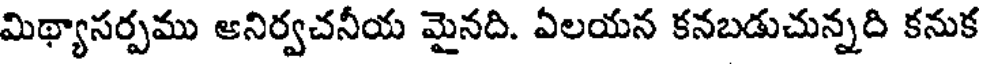
మిథ్యాసర్పము ఆనిర్వచనీయ మైనది. ఏలయన కనబడుచున్నది కనుక